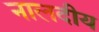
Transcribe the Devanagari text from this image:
नालदीय